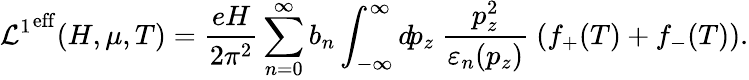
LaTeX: {{\cal L}^{1}}^{\mathrm{eff}}(H,\mu,T)=\frac{eH}{2\pi^{2}}\sum_{n=0}^{\infty}b_{n}\int_{-\infty}^{\infty}d\! p_{z}{}~\frac{p_{z}^{2}}{\varepsilon_{n}(p_{z})}~(f_{+}(T)+f_{-}(T)).